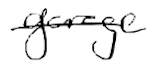
Text: garage
Cross-out: single-line
Writing tool: digital_black